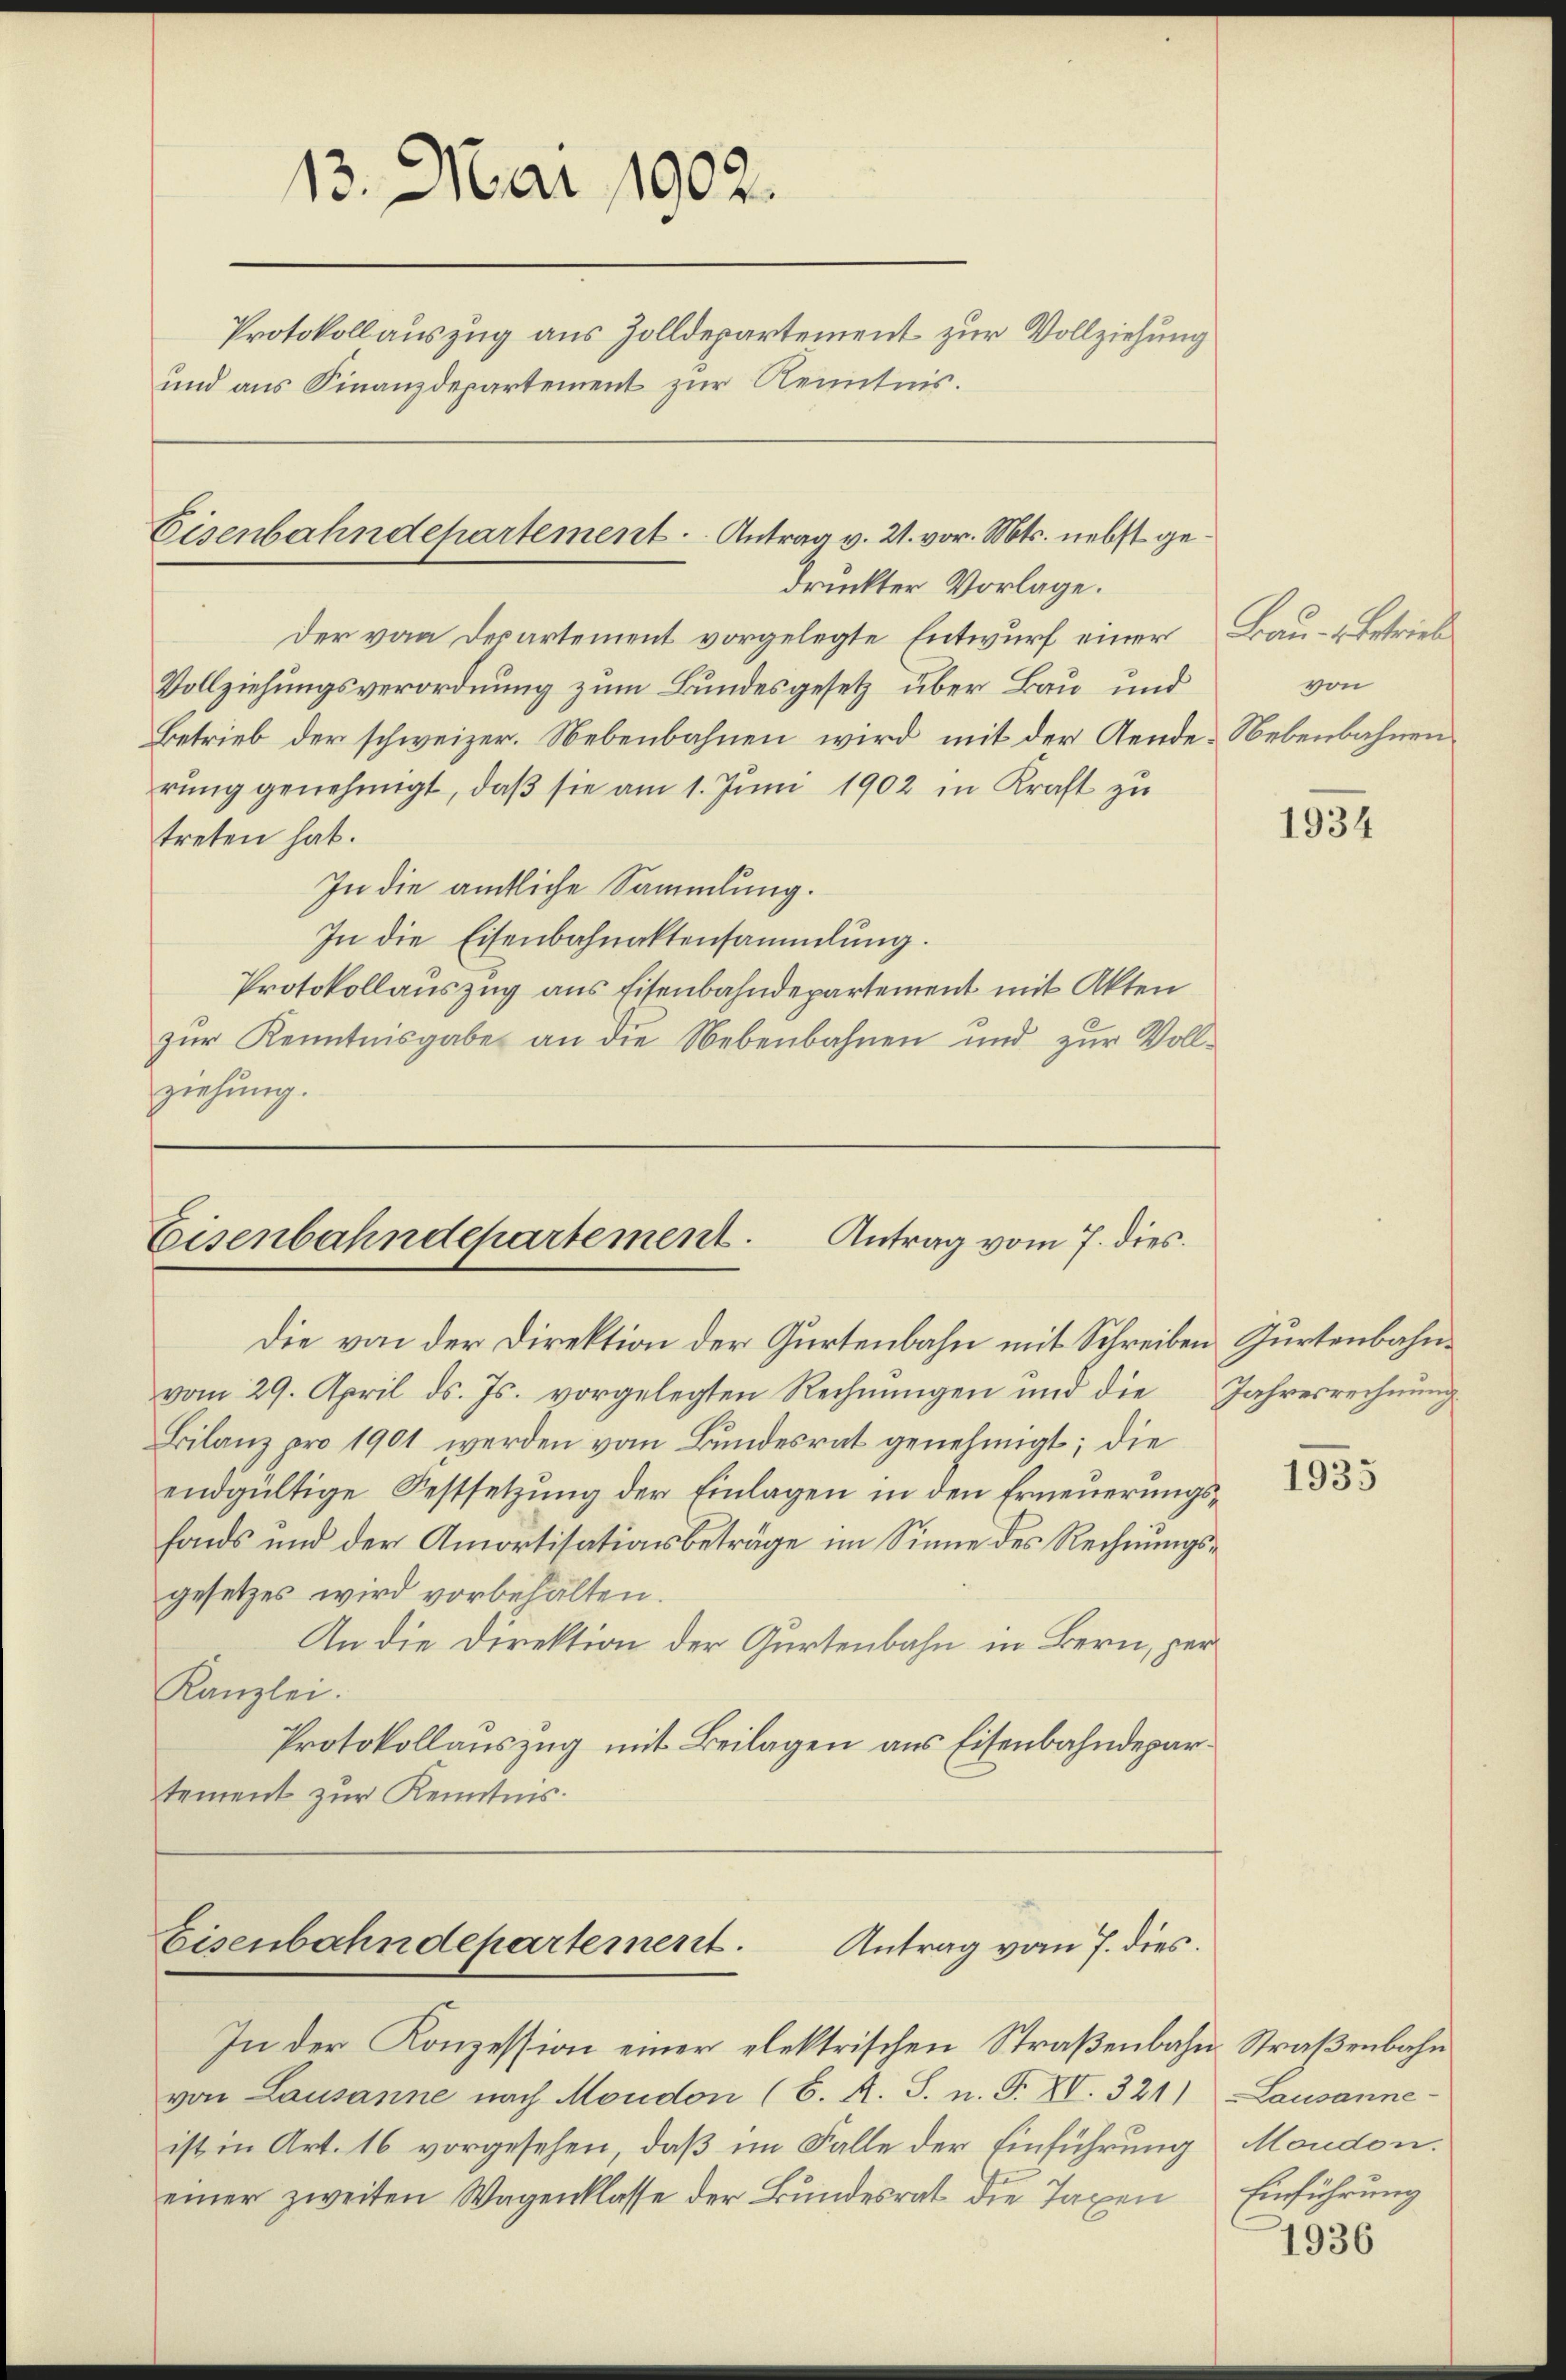
13. Mai 1902.
Protokollauszug aus Zolldepartement zur Vollziehung
und aus Finanzdepartement zur Kenntnis.

Eisenbahndepartement. Antrag v. 21. vor. Mts. nebst gedruckter Vorlage.

der von Departement vorgelegte Entwurf einer
Vollziehungsverordnung zum Bundesgesetz über Bau und
Betrieb der schweizer. Nebenbahnen wird mit der Gende Nebenbahnen
rung genehmigt, daß sie am 1. Juni 1902 in Kraft zu
treten hat.
In die amtliche Sammlung.
In die Eisenbahnaktensammlung.
Protokollauszug aus Eisenbahndepartement mit Akten
zŭr Kenntnisgabe an die Nebenbahnen und zŭr Voll-
ziehung.

Eisenbahndepartement.
Antrag vom 7. dies.

Eisenbahndepartement.
Antrag vom 7. dies.

In der Konzession einer elektrischen Straßenbahn Straßenbahn
von Lausanne nach Moudon (S. A. S. n. F. XI. 321) Lausanne-
ist in Art. 16 vorgesehen, daß im Falle der Einführung Moudon.
einer zweiten Wagenklasse der Bundesrat die Taxen Einführung

Bau- u Betrieb
von

Die von der Direktion der Gurtenbahn mit Schreiben Gurtenbahnvom 29. April d. Js. vorgelegten Rechnŭngen und die Jahresrechnung
Bilanz pro 1901 werden vom Bundesrat genehmigt; die
endgültige Festsetzung der Einlagen in den Erneuerungsfonds und der Amortisationsbeträge im Sinne des Rechnungsgesetzes wird vorbehalten.
An die Direktion der Gurtenbahn in Bern, per
Kanzlei.
Protokollauszug mit Beilagen aus Eisenbahndepartement zur Kenntnis.

1934

1935

1936